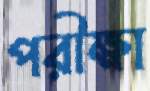
পরীক্ষা